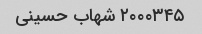
۲۰۰۰۳۴۵ شهاب حسینی